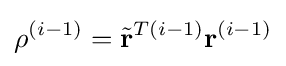
\rho ^{(i-1)}={\tilde {\mathbf {r}}}^{T(i-1)}{\mathbf {r}}^{(i-1)}